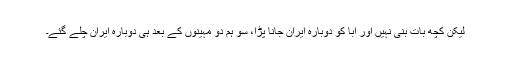
لیکن کچھ بات بنی نہیں اور ابا کو دوبارہ ایران جانا پڑا، سو ہم دو مہینوں کے بعد ہی دوبارہ ایران چلے گئے۔